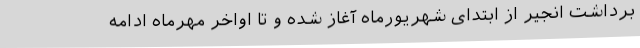
برداشت انجیر از ابتدای شهریورماه آغاز شده و تا اواخر مهرماه ادامه